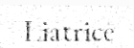
Liatrice